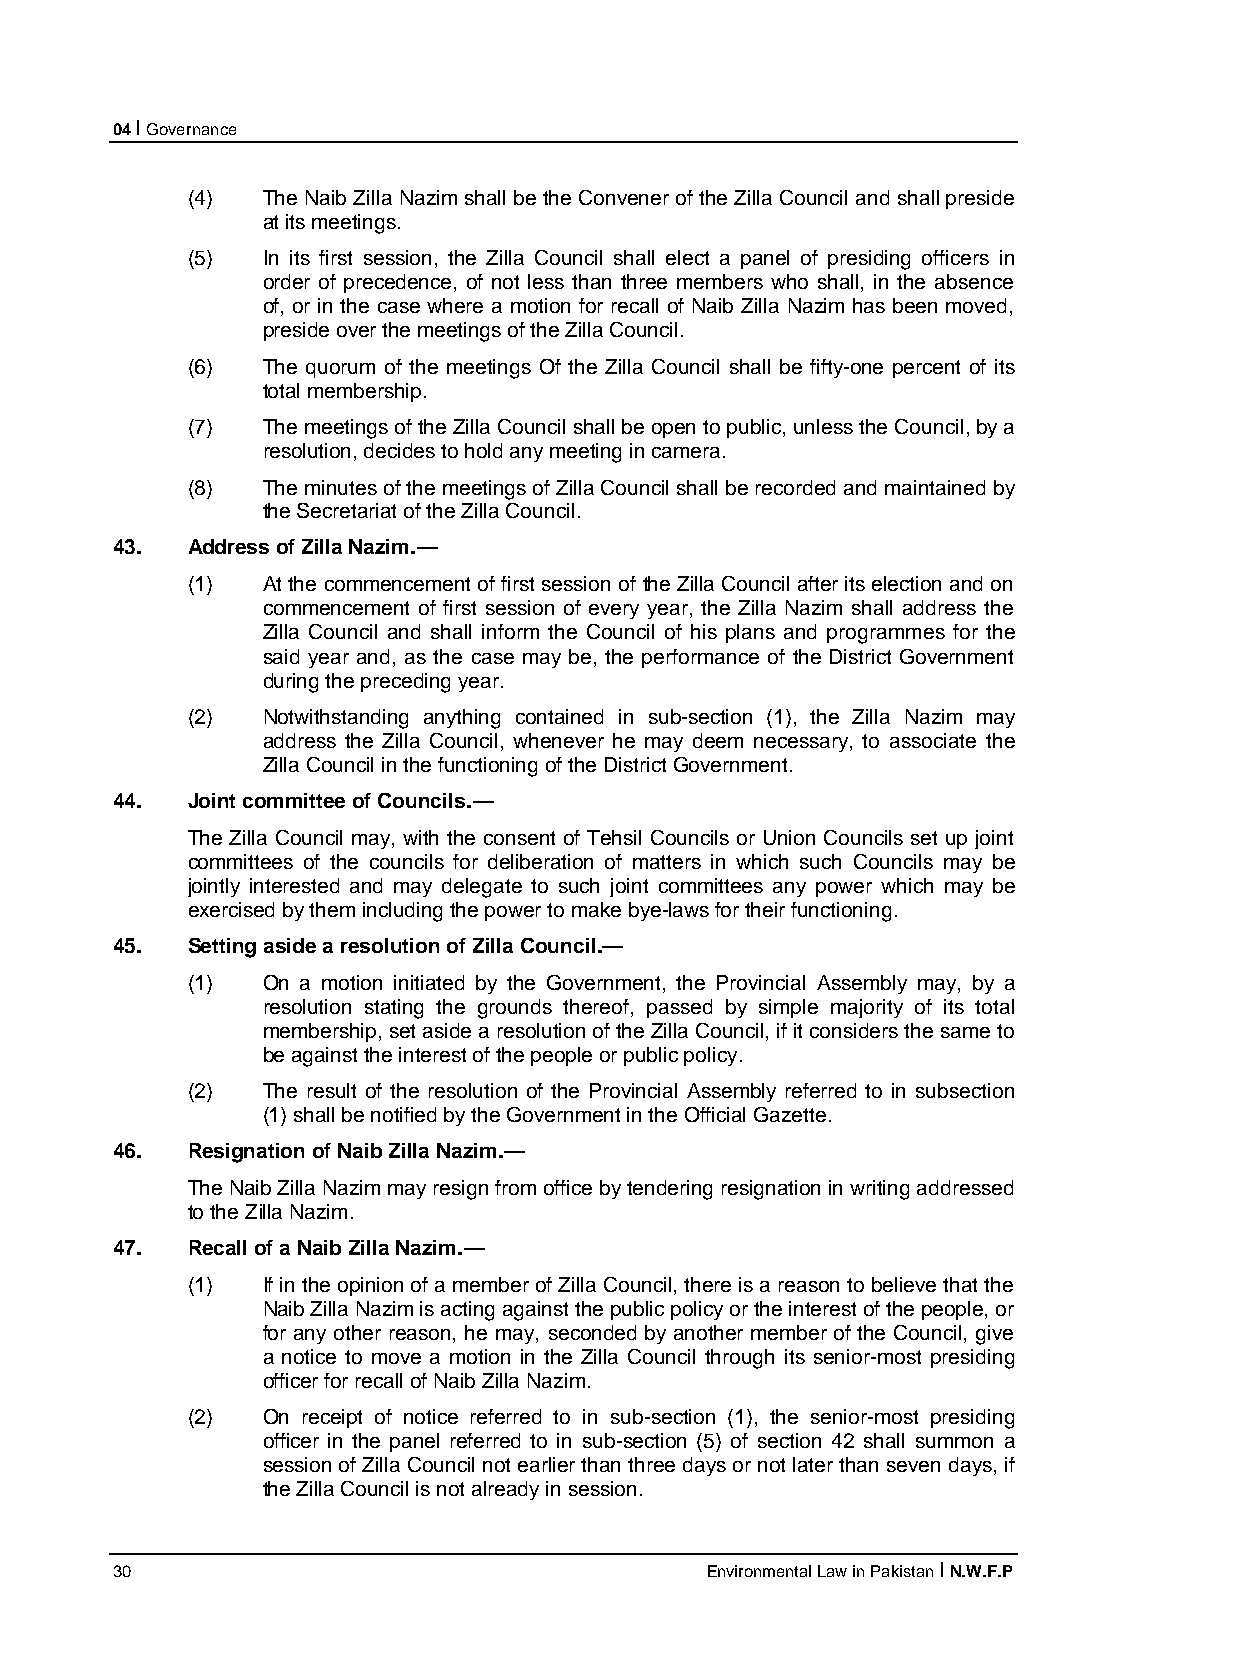
04 I Governance
 (4)  The Naib Zilla Nazim shall be the Convener of the Zilla Council and shall preside
 at its meetings.
 (5)  In its first session, the Zilla Council shall elect a panel of presiding officers in
 order of precedence, of not less than three members who shall, in the absence
 of, or in the case where a motion for recall of Naib Zilla Nazim has been moved,
 preside over the meetings of the Zilla Council.
 (6)  The quorum of the meetings Of the Zilla Council shall be fifty-one percent of its
 total membership.
 (7)  The meetings of the Zilla Council shall be open to public, unless the Council, by a
 resolution, decides to hold any meeting in camera.
 (8)  The minutes of the meetings of Zilla Council shall be recorded and maintained by
 the Secretariat of the Zilla Council.
 43.  Address of Zilla Nazim.—
 (1)  At the commencement of first session of the Zilla Council after its election and on
 commencement of first session of every year, the Zilla Nazim shall address the
 Zilla Council and shall inform the Council of his plans and programmes for the
 said year and, as the case may be, the performance of the District Government
 during the preceding year.
 (2)  Notwithstanding anything contained in sub-section (1), the Zilla Nazim may
 address the Zilla Council, whenever he may deem necessary, to associate the
 Zilla Council in the functioning of the District Government.
 44.  Joint committee of Councils.—
 The Zilla Council may, with the consent of Tehsil Councils or Union Councils set up joint
 committees of the councils for deliberation of matters in which such Councils may be
 jointly interested and may delegate to such joint committees any power which may be
 exercised by them including the power to make bye-laws for their functioning.
 45.  Setting aside a resolution of Zilla Council.—
 (1)  On a motion initiated by the Government, the Provincial Assembly may, by a
 resolution stating the grounds thereof, passed by simple majority of its total
 membership, set aside a resolution of the Zilla Council, if it considers the same to
 be against the interest of the people or public policy.
 (2)  The result of the resolution of the Provincial Assembly referred to in subsection
 (1) shall be notified by the Government in the Official Gazette.
 46.  Resignation of Naib Zilla Nazim.—
 The Naib Zilla Nazim may resign from office by tendering resignation in writing addressed
 to the Zilla Nazim.
 47.  Recall of a Naib Zilla Nazim.—
 (1)  If in the opinion of a member of Zilla Council, there is a reason to believe that the
 Naib Zilla Nazim is acting against the public policy or the interest of the people, or
 for any other reason, he may, seconded by another member of the Council, give
 a notice to move a motion in the Zilla Council through its senior-most presiding
 officer for recall of Naib Zilla Nazim.
 (2)  On receipt of notice referred to in sub-section (1), the senior-most presiding
 officer in the panel referred to in sub-section (5) of section 42 shall summon a
 session of Zilla Council not earlier than three days or not later than seven days, if
 the Zilla Council is not already in session.
 30                                      Environmental Law in Pakistan I N.W.F.P